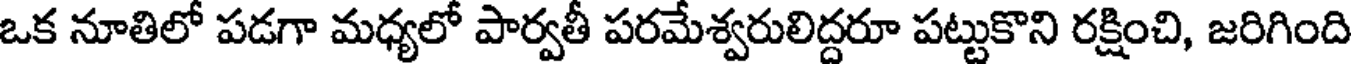
ఒక నూతిలో పడగా మధ్యలో పార్వతీ పరమేశ్వరులిద్దరూ పట్టుకొని రక్షించి, జరిగింది